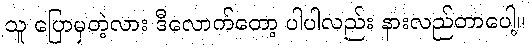
သူ ပြောမှတဲ့လား ဒီလောက်တော့ ပါပါလည်း နားလည်တာပေါ့။